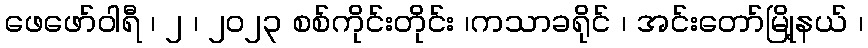
ဖေဖော်ဝါရီ ၊ ၂ ၊ ၂၀၂၃ စစ်ကိုင်းတိုင်း ၊ကသာခရိုင် ၊ အင်းတော်မြို့နယ် ၊